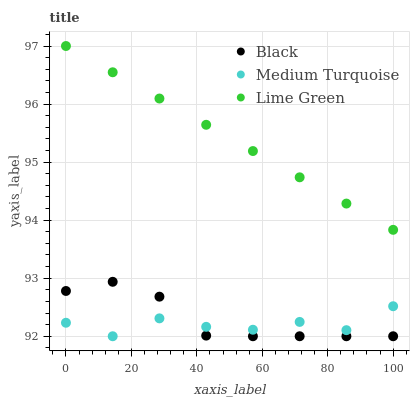
| xaxis_label | Black | Medium Turquoise | Lime Green |
 | --- | --- | --- | --- |
 | 0 | 92.8 | 92.2 | 97 |
 | 14.3 | 92.9 | 92 | 96.5 |
 | 28.6 | 92.7 | 92.3 | 96.1 |
 | 42.9 | 92 | 92.2 | 95.6 |
 | 57.1 | 92 | 92.1 | 95.2 |
 | 71.4 | 92 | 92.2 | 94.7 |
 | 85.7 | 92 | 92.1 | 94.3 |
 | 100 | 92 | 92.5 | 93.8 |